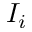
I _ { i }